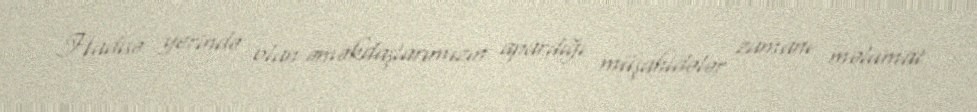
Hadisə yerində olan əməkdaşlarımızın apardığı müşahidələr zamanı məlumat